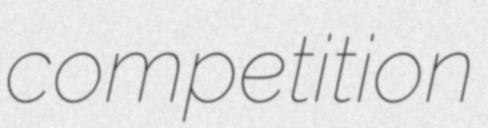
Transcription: competition